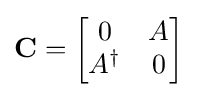
\mathbf {C} ={\begin{bmatrix}0&A\\A^{\dagger }&0\end{bmatrix}}